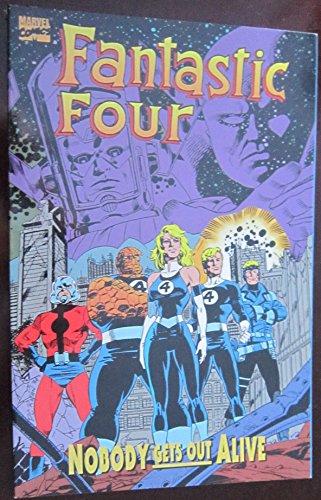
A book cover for Fantastic Four: Nobody Gets Out Alive; Tom DeFalco; Science Fiction & Fantasy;